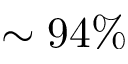
\sim 9 4 \%